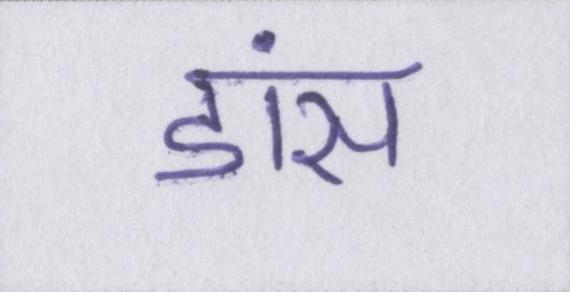
डांस